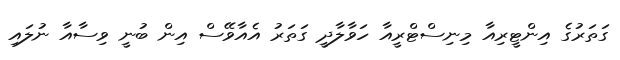
ގަތަރުގެ އިންޓީރިއާ މިނިސްޓްރީއާ ހަވާލާދީ ގަތަރު އެއާވޭސް އިން ބުނީ ވިސާއާ ނުލައި